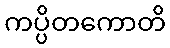
ကပ္ပိတကောတိ